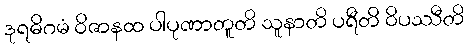
ဒုရဓိဂမံ ဝိဇာနထ ပါပုဏာတူတိ သူနာတိ ပရီတိ ဝိပဿီတိ